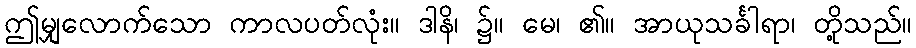
ဤမျှလောက်သော ကာလပတ်လုံး။ ဒါနိ၊ ၌။ မေ၊ ၏။ အာယုသင်္ခါရာ၊ တို့သည်။